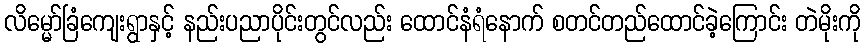
လိမ္မော်ခြံကျေးရွာနှင့် နည်းပညာပိုင်းတွင်လည်း ထောင်နံရံနောက် စတင်တည်ထောင်ခဲ့ကြောင်း တဲမိုးကို